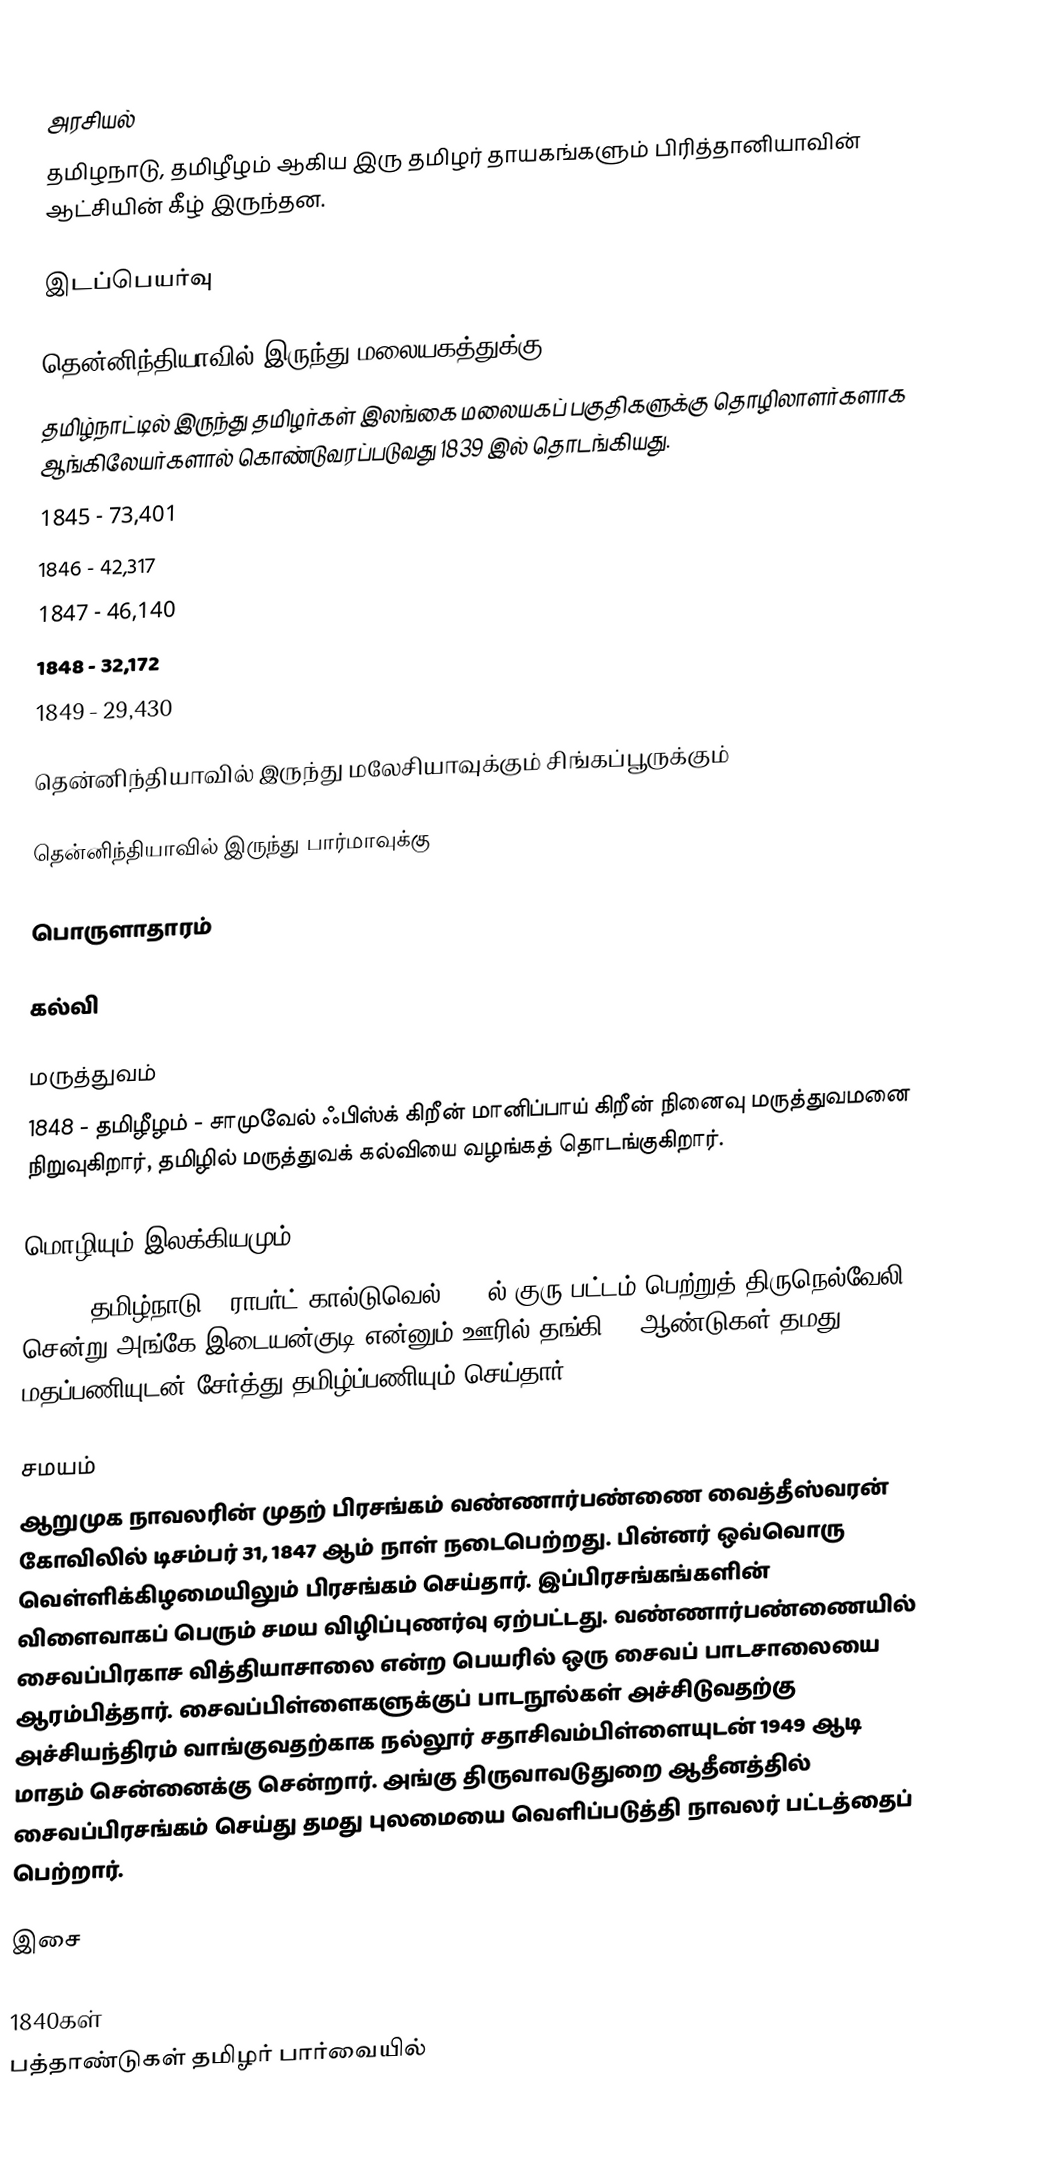

அரசியல்
தமிழநாடு, தமிழீழம் ஆகிய இரு தமிழர் தாயகங்களும் பிரித்தானியாவின் ஆட்சியின் கீழ் இருந்தன.

இடப்பெயர்வு

தென்னிந்தியாவில் இருந்து மலையகத்துக்கு
தமிழ்நாட்டில் இருந்து தமிழர்கள் இலங்கை மலையகப் பகுதிகளுக்கு தொழிலாளர்களாக ஆங்கிலேயர்களால் கொண்டுவரப்படுவது 1839 இல் தொடங்கியது.
 1845 - 73,401
 1846 - 42,317
 1847 - 46,140
 1848 - 32,172
 1849 - 29,430

தென்னிந்தியாவில் இருந்து மலேசியாவுக்கும் சிங்கப்பூருக்கும்

தென்னிந்தியாவில் இருந்து பார்மாவுக்கு

பொருளாதாரம்

கல்வி

மருத்துவம்
1848 - தமிழீழம் - சாமுவேல் ஃபிஸ்க் கிறீன் மானிப்பாய் கிறீன் நினைவு மருத்துவமனை நிறுவுகிறார், தமிழில் மருத்துவக் கல்வியை வழங்கத் தொடங்குகிறார்.

மொழியும் இலக்கியமும்
1841  - தமிழ்நாடு - ராபர்ட் கால்டுவெல் 1841ல் குரு பட்டம் பெற்றுத்  திருநெல்வேலி சென்று அங்கே இடையன்குடி என்னும் ஊரில் தங்கி 50 ஆண்டுகள் தமது மதப்பணியுடன் சேர்த்து தமிழ்ப்பணியும் செய்தார்.

சமயம்
ஆறுமுக நாவலரின் முதற் பிரசங்கம் வண்ணார்பண்ணை வைத்தீஸ்வரன் கோவிலில் டிசம்பர் 31, 1847 ஆம் நாள் நடைபெற்றது. பின்னர் ஒவ்வொரு வெள்ளிக்கிழமையிலும் பிரசங்கம் செய்தார். இப்பிரசங்கங்களின் விளைவாகப் பெரும் சமய விழிப்புணர்வு ஏற்பட்டது.  வண்ணார்பண்ணையில் சைவப்பிரகாச வித்தியாசாலை என்ற பெயரில் ஒரு சைவப் பாடசாலையை ஆரம்பித்தார். சைவப்பிள்ளைகளுக்குப் பாடநூல்கள் அச்சிடுவதற்கு அச்சியந்திரம் வாங்குவதற்காக நல்லூர் சதாசிவம்பிள்ளையுடன் 1949 ஆடி மாதம் சென்னைக்கு சென்றார். அங்கு திருவாவடுதுறை ஆதீனத்தில் சைவப்பிரசங்கம் செய்து தமது புலமையை வெளிப்படுத்தி நாவலர் பட்டத்தைப் பெற்றார்.

இசை

1840கள்
பத்தாண்டுகள் தமிழர் பார்வையில்